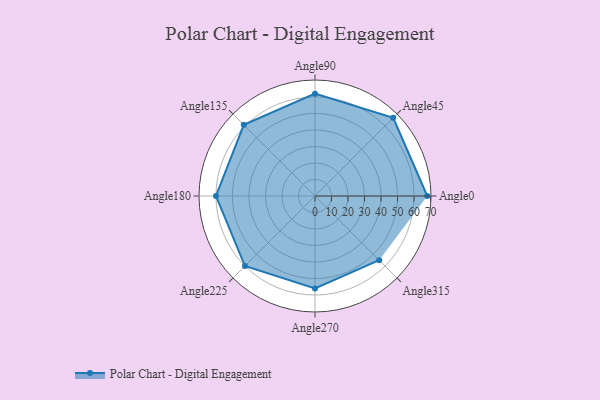
{"axis": {"x": "Angle", "y": "Radius"}, "legend": [""], "data": [{"x": "Angle0", "y": 68.0, "type": ""}, {"x": "Angle45", "y": 67.0, "type": ""}, {"x": "Angle90", "y": 62.0, "type": ""}, {"x": "Angle135", "y": 61.0, "type": ""}, {"x": "Angle180", "y": 60.0, "type": ""}, {"x": "Angle225", "y": 60.0, "type": ""}, {"x": "Angle270", "y": 56.0, "type": ""}, {"x": "Angle315", "y": 55.0, "type": ""}]}